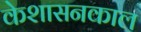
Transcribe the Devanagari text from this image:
केशासनकाल